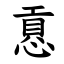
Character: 慐